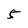
Character: 5